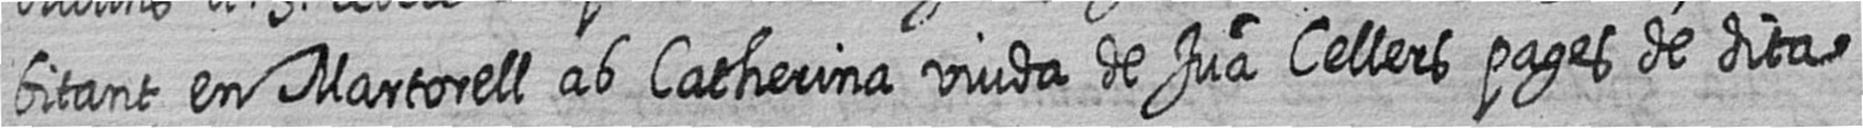
bitant en Martorell ab Catherina viuda de Jua Cellers pages de dita